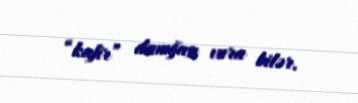
“kafir” damğası vura bilər.